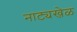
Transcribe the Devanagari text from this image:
नाट्यखेळ